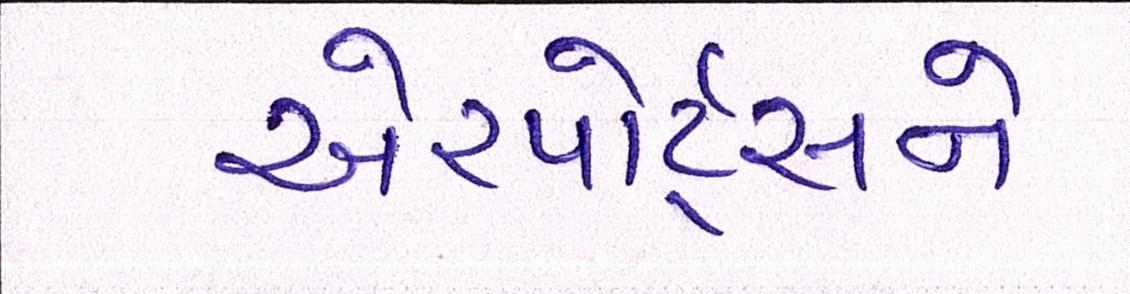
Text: એરપોર્ટ્સને